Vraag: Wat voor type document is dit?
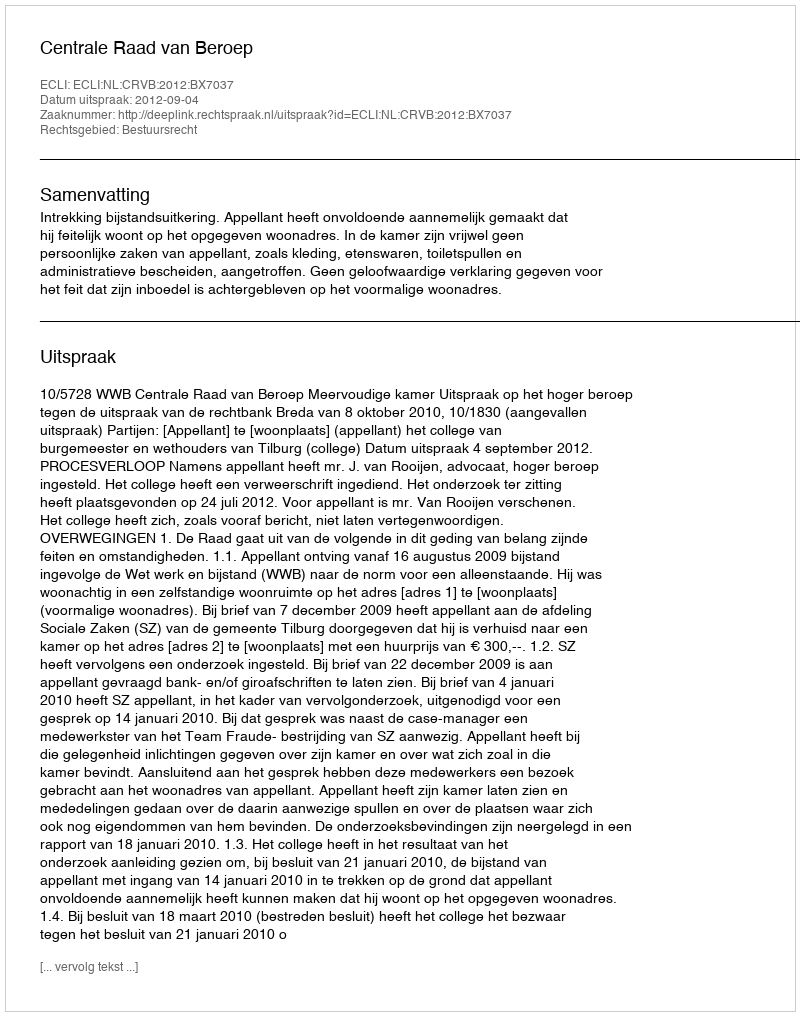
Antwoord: Uitspraak